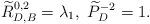
LaTeX: \begin{align*}\widetilde{R}_{D,B}^{0,2} = \lambda_1, \ \widetilde{P}_{D}^{-2} = 1.\end{align*}